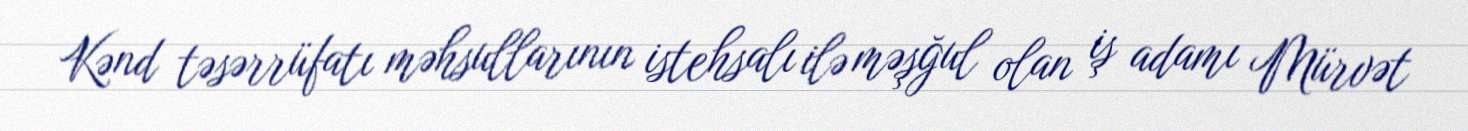
Kənd təsərrüfatı məhsullarının istehsalı ilə məşğul olan iş adamı Mürvət